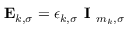
\mathbf { E } _ { k , \sigma } = \epsilon _ { k , \sigma } \textbf { I } _ { m _ { k } , \sigma }